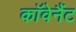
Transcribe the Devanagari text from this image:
काॅवेनैंट